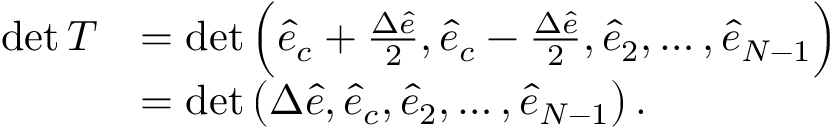
\begin{array} { r l } { \operatorname* { d e t } T } & { = \operatorname* { d e t } \Big ( \hat { e } _ { c } + \frac { \Delta \hat { e } } { 2 } , \hat { e } _ { c } - \frac { \Delta \hat { e } } { 2 } , \hat { e } _ { 2 } , \dots , \hat { e } _ { N - 1 } \Big ) } \\ & { = \operatorname* { d e t } \big ( { \Delta \hat { e } } , \hat { e } _ { c } , \hat { e } _ { 2 } , \dots , \hat { e } _ { N - 1 } \big ) \, . } \end{array}